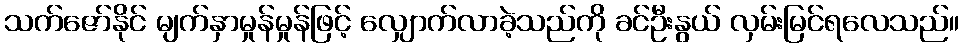
သက်ဇော်နိုင် မျက်နှာမှုန်မှုန်ဖြင့် လျှောက်လာခဲ့သည်ကို ခင်ဦးနွယ် လှမ်းမြင်ရလေသည်။